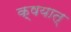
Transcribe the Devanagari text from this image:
क्षयात्